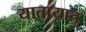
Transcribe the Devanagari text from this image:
यातायात्